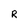
Character: R